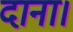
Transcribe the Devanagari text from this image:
दाना।